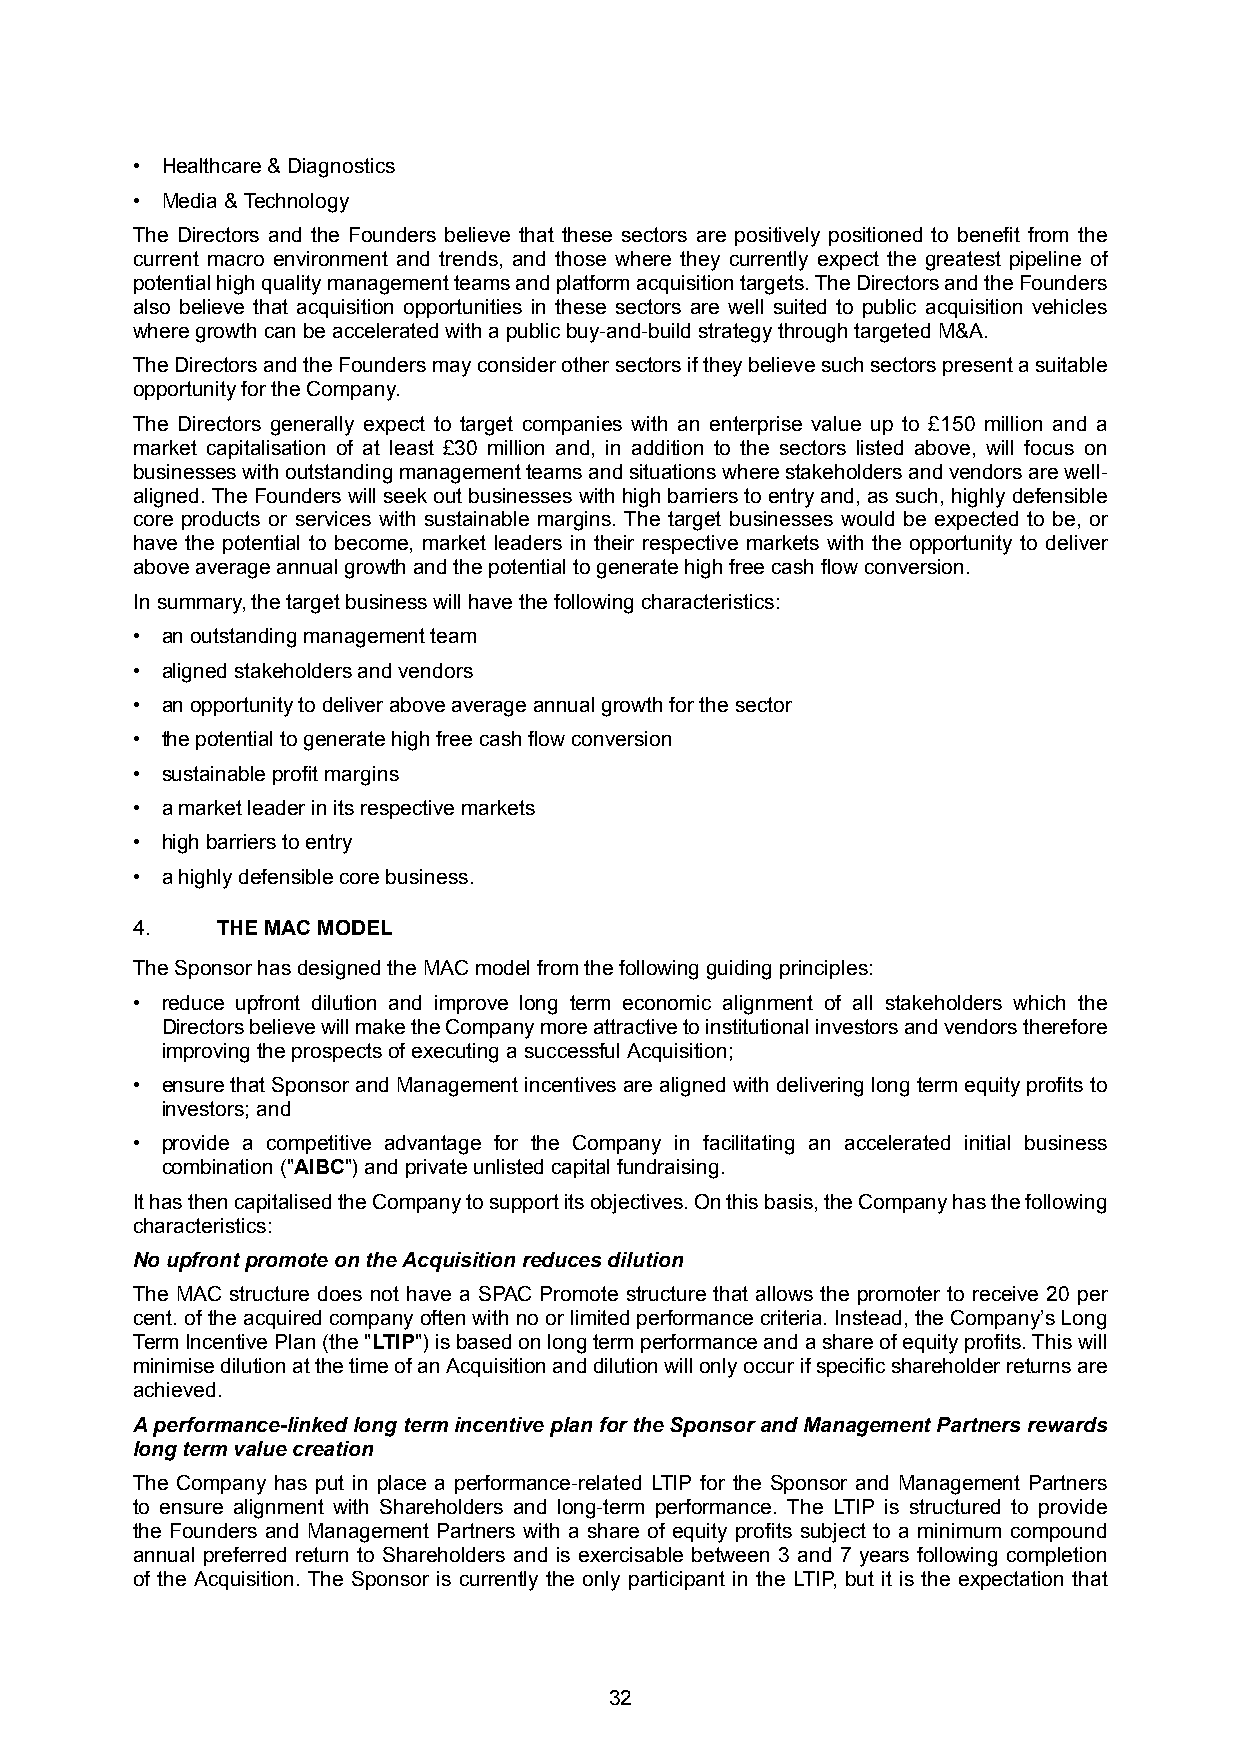
• Healthcare & Diagnostics
 • Media & Technology
 The Directors and the Founders believe that these sectors are positively positioned to benefit from the
 current macro environment and trends, and those where they currently expect the greatest pipeline of
 potentialhighqualitymanagementteamsandplatformacquisitiontargets.TheDirectorsandtheFounders
 also believe that acquisition opportunities in these sectors are well suited to public acquisition vehicles
 where growth can be accelerated with a public buy-and-build strategy through targeted M&A.
 TheDirectorsandtheFoundersmayconsiderothersectorsiftheybelievesuchsectorspresentasuitable
 opportunity for the Company.
 The Directors generally expect to target companies with an enterprise value up to £150 million and a
 market capitalisation of at least £30 million and, in addition to the sectors listed above, will focus on
 businesseswithoutstandingmanagementteamsandsituationswherestakeholdersandvendorsarewell-
 aligned.TheFounderswillseekoutbusinesseswithhighbarrierstoentryand,assuch,highlydefensible
 core products or services with sustainable margins. The target businesses would be expected to be, or
 have the potential to become, market leaders in their respective markets with the opportunity to deliver
 above average annual growth and the potential to generate high free cash flow conversion.
 In summary, the target business will have the following characteristics:
 • an outstanding management team
 • aligned stakeholders and vendors
 • an opportunity to deliver above average annual growth for the sector
 • the potential to generate high free cash flow conversion
 • sustainable profit margins
 • a market leader in its respective markets
 • high barriers to entry
 • a highly defensible core business.
 4.   THE MAC MODEL
 The Sponsor has designed the MAC model from the following guiding principles:
 • reduce upfront dilution and improve long term economic alignment of all stakeholders which the
 DirectorsbelievewillmaketheCompanymoreattractivetoinstitutionalinvestorsandvendorstherefore
 improving the prospects of executing a successful Acquisition;
 • ensurethatSponsorandManagementincentivesarealignedwithdeliveringlongtermequityprofitsto
 investors; and
 • provide a competitive advantage for the Company in facilitating an accelerated initial business
 combination ("AIBC") and private unlisted capital fundraising.
 IthasthencapitalisedtheCompanytosupportitsobjectives.Onthisbasis,theCompanyhasthefollowing
 characteristics:
 No upfront promote on the Acquisition reduces dilution
 The MAC structure does not have a SPAC Promote structure that allows the promoter to receive 20 per
 cent. of the acquired company often with no or limited performance criteria. Instead, the Company’sLong
 TermIncentivePlan(the"LTIP")isbasedonlongtermperformanceandashareofequityprofits.Thiswill
 minimisedilutionatthetimeofanAcquisitionanddilutionwillonlyoccurifspecificshareholderreturnsare
 achieved.
 Aperformance-linkedlongtermincentiveplanfortheSponsorandManagementPartnersrewards
 long term value creation
 The Company has put in place a performance-related LTIP for the Sponsor and Management Partners
 to ensure alignment with Shareholders and long-term performance. The LTIP is structured to provide
 the Founders and Management Partners with a share of equity profits subject to a minimum compound
 annual preferred return to Shareholders and is exercisable between 3 and 7 years following completion
 of the Acquisition. The Sponsor is currently the only participant in the LTIP, but it is the expectation that
 32